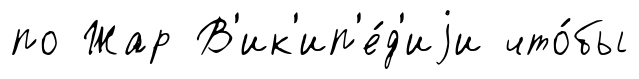
по Жар В'ик'ип'е́д'иjи что́бы